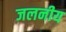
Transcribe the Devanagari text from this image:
जलनीय